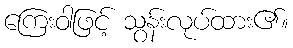
ကြေးဝါဖြင့် သွန်းလုပ်ထား၏။